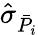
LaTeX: \hat{\sigma}_{\bar{P_{i}}}